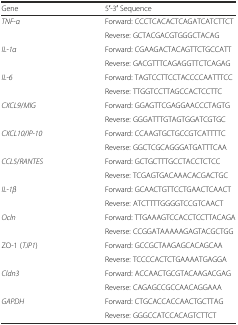
<table><thead><tr><td><b>Gene</b></td><td><b>5′-3′ Sequence</b></td></tr></thead><tbody><tr><td rowspan="2"><i>TNF</i>-<i>α</i></td><td>Forward: CCCTCACACTCAGATCATCTTCT</td></tr><tr><td>Reverse: GCTACGACGTGGGCTACAG</td></tr><tr><td rowspan="2"><i>IL</i>-<i>1α</i></td><td>Forward: CGAAGACTACAGTTCTGCCATT</td></tr><tr><td>Reverse: GACGTTTCAGAGGTTCTCAGAG</td></tr><tr><td rowspan="2"><i>IL</i>-<i>6</i></td><td>Forward: TAGTCCTTCCTACCCCAATTTCC</td></tr><tr><td>Reverse: TTGGTCCTTAGCCACTCCTTC</td></tr><tr><td rowspan="2"><i>CXCL9</i>/<i>MIG</i></td><td>Forward: GGAGTTCGAGGAACCCTAGTG</td></tr><tr><td>Reverse: GGGATTTGTAGTGGATCGTGC</td></tr><tr><td rowspan="2"><i>CXCL10</i>/<i>IP</i>-<i>10</i></td><td>Forward: CCAAGTGCTGCCGTCATTTTC</td></tr><tr><td>Reverse: GGCTCGCAGGGATGATTTCAA</td></tr><tr><td rowspan="2"><i>CCL5</i>/<i>RANTES</i></td><td>Forward: GCTGCTTTGCCTACCTCTCC</td></tr><tr><td>Reverse: TCGAGTGACAAACACGACTGC</td></tr><tr><td rowspan="2"><i>IL</i>-<i>1β</i></td><td>Forward: GCAACTGTTCCTGAACTCAACT</td></tr><tr><td>Reverse: ATCTTTTGGGGTCCGTCAACT</td></tr><tr><td rowspan="2"><i>Ocln</i></td><td>Forward: TTGAAAGTCCACCTCCTTACAGA</td></tr><tr><td>Reverse: CCGGATAAAAAGAGTACGCTGG</td></tr><tr><td rowspan="2">ZO-1 (<i>TJP1</i>)</td><td>Forward: GCCGCTAAGAGCACAGCAA</td></tr><tr><td>Reverse: TCCCCACTCTGAAAATGAGGA</td></tr><tr><td rowspan="2"><i>Cldn3</i></td><td>Forward: ACCAACTGCGTACAAGACGAG</td></tr><tr><td>Reverse: CAGAGCCGCCAACAGGAAA</td></tr><tr><td rowspan="2"><i>GAPDH</i></td><td>Forward: CTGCACCACCAACTGCTTAG</td></tr><tr><td>Reverse: GGGCCATCCACAGTCTTCT</td></tr></tbody></table>